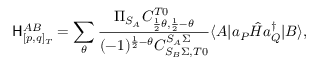
\mathsf { H } _ { [ p , q ] _ { T } } ^ { A B } = \sum _ { \theta } \frac { \Pi _ { S _ { A } } C _ { \frac { 1 } { 2 } \theta , \frac { 1 } { 2 } - \theta } ^ { T 0 } } { ( - 1 ) ^ { \frac { 1 } { 2 } - \theta } C _ { S _ { B } \Sigma , T 0 } ^ { S _ { A } \Sigma } } \langle A | a _ { P } \hat { H } a _ { Q } ^ { \dagger } | B \rangle ,